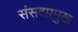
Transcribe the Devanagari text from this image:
संसदप्रमुख